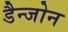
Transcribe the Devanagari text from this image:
डैन्जोन